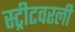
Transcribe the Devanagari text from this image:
स्ट्रीटवरली